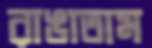
রাঙাতাম